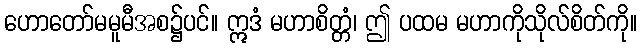
ဟောတော်မမူမီအစ၌ပင်။ ဣဒံ မဟာစိတ္တံ၊ ဤ ပထမ မဟာကိုသိုလ်စိတ်ကို။